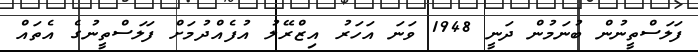
ފަލަސްތީނުން ބުނަމުން ދަނީ 1948 ވަނަ އަހަރު އިޒްރޭލު އުފެއްދުމަށް ފަލަސްތީނުގެ އެތައް